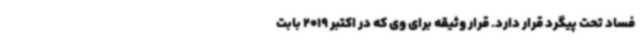
فساد تحت پیگرد قرار دارد. قرار وثیقه برای وی که در اکتبر 2019 بابت